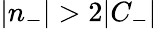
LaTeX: |n_{-}|>2|C_{-}|